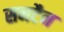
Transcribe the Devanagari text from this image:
सनटैन